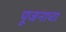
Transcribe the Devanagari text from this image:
पूजनाचा